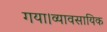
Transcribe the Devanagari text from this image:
गया।व्यावसायिक